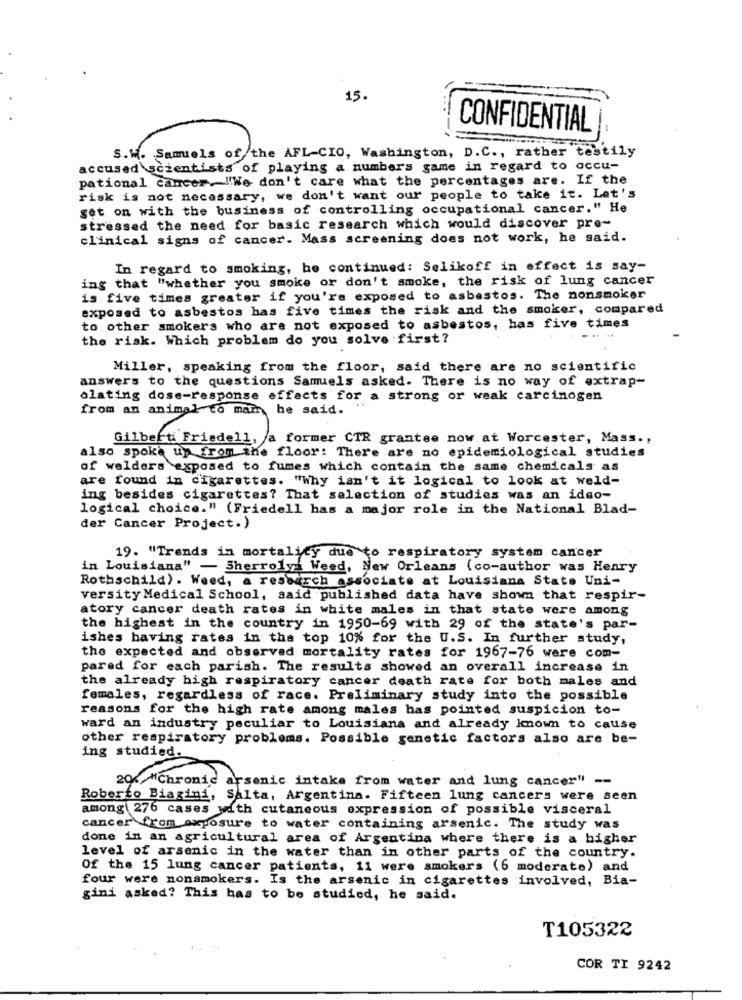
15.
CONFIDENTIAL
S.W. Samiels of the AFL-CIO, Washington, D.C ., rather testily
accused scientists of playing a numbers game in regard to accu-
pational cancer."We don't care what the percentages are. If the
risk is not necessary, we don't want our people to take it. Let's
get on with the business of controlling occupational cancer." He
stressed the need for basic research which would discover pre-
clinical signs of cancer. Mass screening does not work, he said.
In regard to smoking, he continued: Selikoff in effect is say-
ing that "whether you smoke or don't smoke, the risk of lung cancer
is five times greater if you're exposed to asbestos. The nonsmoker
exposed to asbestos has five times the risk and the smoker, compared
to other smokers who are not exposed to asbestos, has five times
the risk. Which problem do you solve first?
....
Miller, speaking from the floor, said there are no scientific
answers to the questions Samuels asked. There is no way of extrap-
olating dose-response effects for a strong or weak carcinogen
from an animal to mam, he said.
Gilbert Friedell, a former CTR grantee now at Worcester, Mass .,
also spoke up from the floor: There are no epidemiological studies
of welders exposed to fumes which contain the same chemicals as
are found in cigarettes. "Why isn't it logical to look at weld-
ing besides cigarettes? That selection of studies was an idso-
logical choice." (Friedell has a major role in the National Blad-
der Cancer Project.)
19. "Trends in mortalicy due to respiratory system cancer
in Louisiana" - Sherrolya Weed, New Orleans (co-author was Henry
Rothschild). Weed, a research associate at Louisiana State Uni-
versity Medical School, said published data have shown that respir-
atory cancer death rates in white males in that state were among
the highest in the country in 1950-69 with 29 of the state's par-
ishes having rates in the top 10% for the U.S. In further study,
the expected and observed mortality rates for 1967-76 were com-
pared for each parish. The results showed an overall increase in
the already high respiratory cancer death rate for both males and
females, regardless of race. Preliminary study into the possible
reasons for the high rate among males has pointed suspicion to-
ward an industry peculiar to Louisiana and already known to cause
other respiratory problems. Possible genetic factors also are be-
ing studied.
20% "Chronic arsenic intake from water and lung cancer" --
Roberto Biagini, Salta, Argentina. Fifteen lung cancers were seen
among 276 cases with cutaneous expression of possible visceral
cancer from exposure to water containing arsenic. The study was
done in an agricultural area of Argentina where there is a higher
level of arsenic in the water than in other parts of the country.
Of the 15 lung cancer patients, 11 were smokers (6 moderate) and
four were nonsmokers. Is the arsenic in cigarettes involved, Bia-
gini asked? This has to be studied, he said.
T105322
COR TI 9242